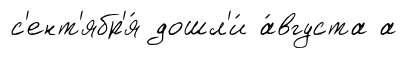
с'ент'ябр'я́ дошл'и́ а́вгуста а